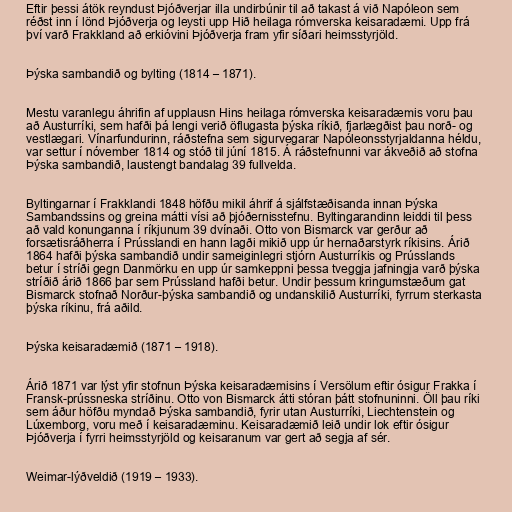
Eftir þessi átök reyndust Þjóðverjar illa undirbúnir til að takast á við Napóleon sem
réðst inn í lönd Þjóðverja og leysti upp Hið heilaga rómverska keisaradæmi. Upp frá
því varð Frakkland að erkióvini Þjóðverja fram yfir síðari heimsstyrjöld.

Þýska sambandið og bylting (1814 – 1871).

Mestu varanlegu áhrifin af upplausn Hins heilaga rómverska keisaradæmis voru þau
að Austurríki, sem hafði þá lengi verið öflugasta þýska ríkið, fjarlægðist þau norð- og
vestlægari. Vínarfundurinn, ráðstefna sem sigurvegarar Napóleonsstyrjaldanna héldu,
var settur í nóvember 1814 og stóð til júní 1815. Á ráðstefnunni var ákveðið að stofna
Þýska sambandið, laustengt bandalag 39 fullvelda.

Byltingarnar í Frakklandi 1848 höfðu mikil áhrif á sjálfstæðisanda innan Þýska
Sambandssins og greina mátti vísi að þjóðernisstefnu. Byltingarandinn leiddi til þess
að vald konunganna í ríkjunum 39 dvínaði. Otto von Bismarck var gerður að
forsætisráðherra í Prússlandi en hann lagði mikið upp úr hernaðarstyrk ríkisins. Árið
1864 hafði þýska sambandið undir sameiginlegri stjórn Austurríkis og Prússlands
betur í stríði gegn Danmörku en upp úr samkeppni þessa tveggja jafningja varð þýska
stríðið árið 1866 þar sem Prússland hafði betur. Undir þessum kringumstæðum gat
Bismarck stofnað Norður-þýska sambandið og undanskilið Austurríki, fyrrum sterkasta
þýska ríkinu, frá aðild.

Þýska keisaradæmið (1871 – 1918).

Árið 1871 var lýst yfir stofnun Þýska keisaradæmisins í Versölum eftir ósigur Frakka í
Fransk-prússneska stríðinu. Otto von Bismarck átti stóran þátt stofnuninni. Öll þau ríki
sem áður höfðu myndað Þýska sambandið, fyrir utan Austurríki, Liechtenstein og
Lúxemborg, voru með í keisaradæminu. Keisaradæmið leið undir lok eftir ósigur
Þjóðverja í fyrri heimsstyrjöld og keisaranum var gert að segja af sér.

Weimar-lýðveldið (1919 – 1933).